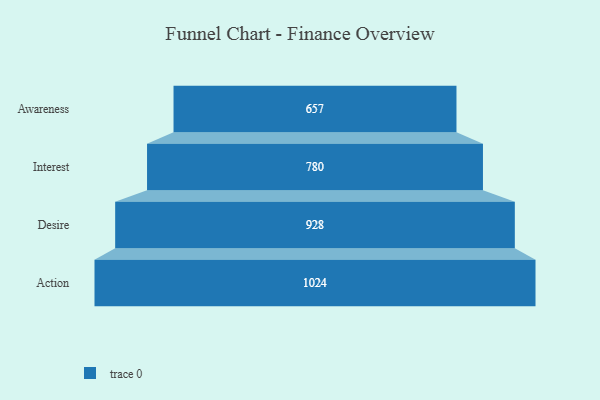
{"axis": {"x": "Stage", "y": "Value"}, "legend": [""], "data": [{"x": "Awareness", "y": 657.0, "type": ""}, {"x": "Interest", "y": 780.0, "type": ""}, {"x": "Desire", "y": 928.0, "type": ""}, {"x": "Action", "y": 1024.0, "type": ""}]}